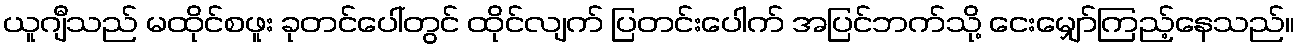
ယူဂျီသည် မထိုင်စဖူး ခုတင်ပေါ်တွင် ထိုင်လျက် ပြတင်းပေါက် အပြင်ဘက်သို့ ငေးမျှော်ကြည့်နေသည်။